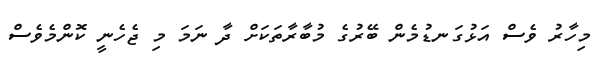
މިހާރު ވެސް އަޅުގަނޑުމެން ބޭރުގެ މުބާރާތަކަށް ދާ ނަމަ މި ޖެހެނީ ކޮންމެވެސް